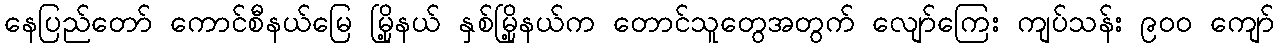
နေပြည်တော် ကောင်စီနယ်မြေ မြို့နယ် နှစ်မြို့နယ်က တောင်သူတွေအတွက် လျော်ကြေး ကျပ်သန်း ၉၀၀ ကျော်